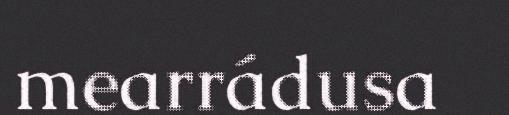
mearrádusa